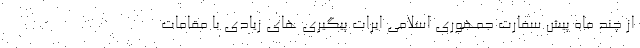
از چند ماه پیش سفارت جمهوری اسلامی ایرات پیگیری های زیادی با مقامات